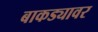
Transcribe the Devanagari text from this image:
बाकड्यावर